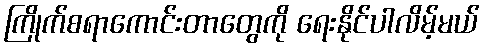
ကြိုက်စရာကောင်းတာတွေကို ရေးနိုင်ပါလိမ့်မယ်